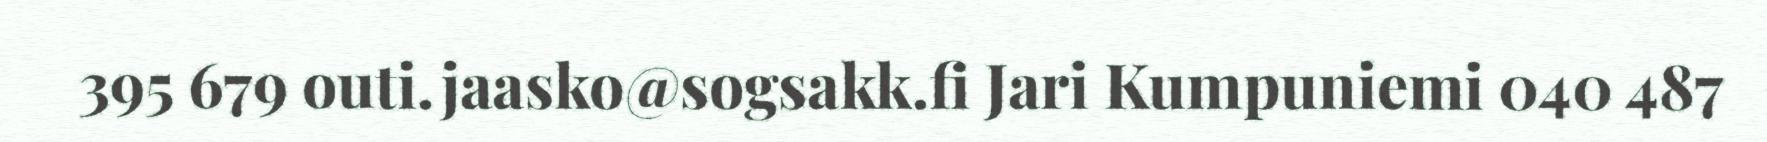
395 679 outi.jaasko@sogsakk.fi Jari Kumpuniemi 040 487